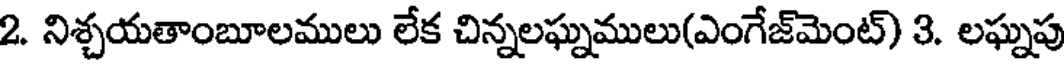
2. నిశ్చయతాంబూలములు లేక చిన్నలఘ్నములు(ఎంగేజ్మెంట్) 3. లఘ్నపు